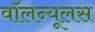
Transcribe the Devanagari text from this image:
वॉलन्यूलस